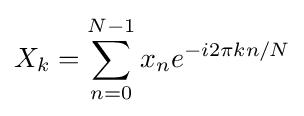
X_{k}=\sum _{n=0}^{N-1}x_{n}e^{-i2\pi kn/N}